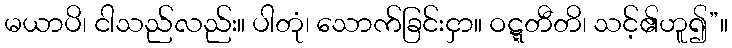
မယာပိ၊ ငါသည်လည်း။ ပါတုံ၊ သောက်ခြင်းငှာ။ ဝဋ္ဋတီတိ၊ သင့်၏ဟူ၍”။